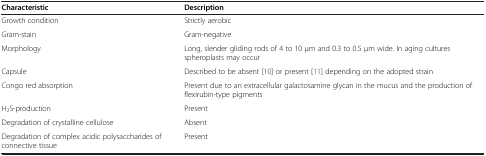
<table><thead><tr><td><b>Characteristic</b></td><td><b>Description</b></td></tr></thead><tbody><tr><td>Growth condition</td><td>Strictly aerobic</td></tr><tr><td>Gram-stain</td><td>Gram-negative</td></tr><tr><td>Morphology</td><td>Long, slender gliding rods of 4 to 10 μm and 0.3 to 0.5 μm wide. In aging cultures spheroplasts may occur</td></tr><tr><td>Capsule</td><td>Described to be absent [10] or present [11] depending on the adopted strain</td></tr><tr><td>Congo red absorption</td><td>Present due to an extracellular galactosamine glycan in the mucus and the production of flexirubin-type pigments</td></tr><tr><td>H<sub>2</sub>S-production</td><td>Present</td></tr><tr><td>Degradation of crystalline cellulose</td><td>Absent</td></tr><tr><td>Degradation of complex acidic polysaccharides of connective tissue</td><td>Present</td></tr></tbody></table>